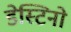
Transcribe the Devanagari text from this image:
डेस्टिनो